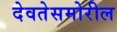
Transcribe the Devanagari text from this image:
देवतेसमोरील